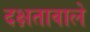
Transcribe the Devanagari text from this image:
दक्षतावाले